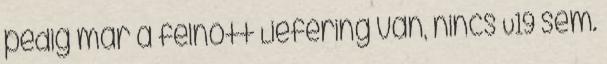
pedig már a felnőtt Liefering van, nincs U19 sem.